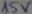
Text: 15V